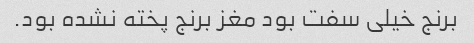
برنج خیلی سفت بود مغز برنج پخته نشده بود.